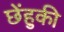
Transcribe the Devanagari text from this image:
छेंहुकी